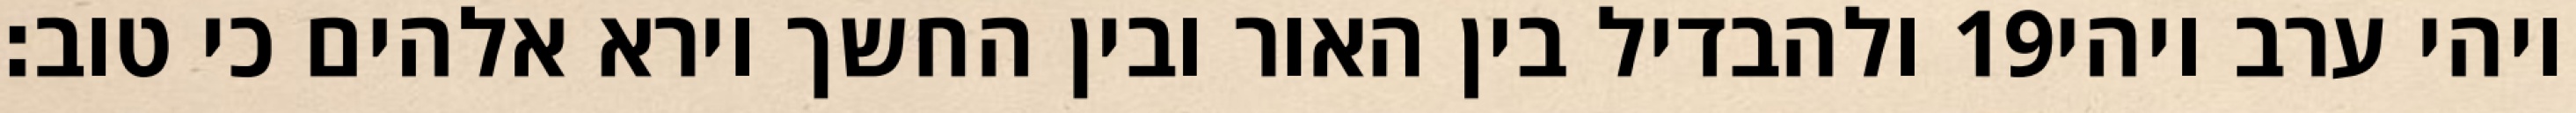
ולהבדיל בין האור ובין החשך וירא אלהים כי טוב׃ ‎19‏ ויהי ערב ויהי